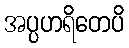
အပ္ပဟရိတေပိ